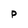
Character: p